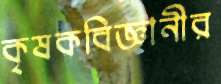
কৃষকবিজ্ঞানীর